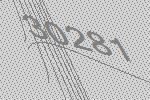
30281